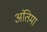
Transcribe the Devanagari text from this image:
अंतिमा